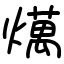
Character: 燤